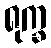
ရုက္ခ